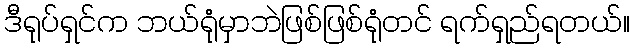
ဒီရုပ်ရှင်က ဘယ်ရုံမှာဘဲဖြစ်ဖြစ်ရုံတင် ရက်ရှည်ရတယ်။